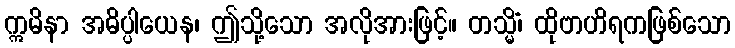
ဣမိနာ အဓိပ္ပါယေန၊ ဤသို့သော အလိုအားဖြင့်။ တသ္မိံ၊ ထိုဗာဟိရကဖြစ်သော